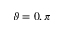
\vartheta = 0 , \pi